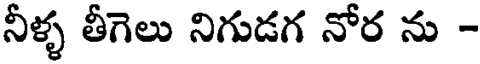
నీళ్ళ తీగెలు నిగుడగ నోర ను -